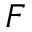
F